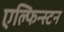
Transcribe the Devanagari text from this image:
एल्फिन्‍स्टन